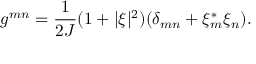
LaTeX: g ^ { m n } = \frac { 1 } { 2 J } ( 1 + \vert \xi \vert ^ { 2 } ) ( \delta _ { m n } + \xi _ { m } ^ { * } \xi _ { n } ) .